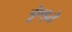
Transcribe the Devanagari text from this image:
डूंण्ड्ते